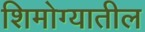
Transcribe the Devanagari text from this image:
शिमोग्यातील